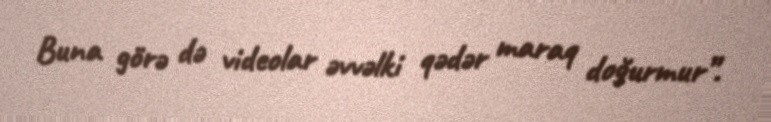
Buna görə də videolar əvvəlki qədər maraq doğurmur”.